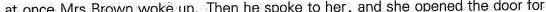
at once Mrs Brown woke up. Then he spoke to her, and she opened the door for